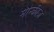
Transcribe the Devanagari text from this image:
मौन्कीज़